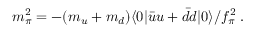
m _ { \pi } ^ { 2 } = - ( m _ { u } + m _ { d } ) \langle 0 | \bar { u } u + \bar { d } d | 0 \rangle / f _ { \pi } ^ { 2 } \; .